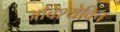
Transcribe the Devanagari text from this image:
अबिश्येविच